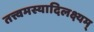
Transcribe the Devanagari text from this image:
तत्त्वमस्यादिलक्ष्यम्